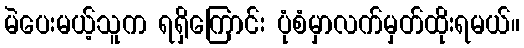
မဲပေးမယ့်သူက ရရှိကြောင်း ပုံစံမှာလက်မှတ်ထိုးရမယ်။